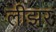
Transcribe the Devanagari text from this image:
लीझर